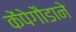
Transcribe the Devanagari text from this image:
केंपेगौडाने